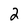
Character: 2